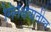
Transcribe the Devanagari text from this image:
सिनेक्षेत्रातील